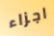
اجزاء